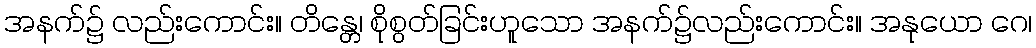
အနက်၌ လည်းကောင်း။ တိန္တေ၊ စိုစွတ်ခြင်းဟူသော အနက်၌လည်းကောင်း။ အနုယော ဂေ၊